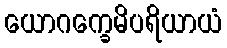
ယောဂက္ခေမိပရိယာယံ